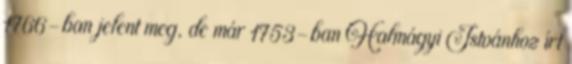
1766-ban jelent meg, de már 1753-ban Halmágyi Istvánhoz írt